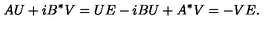
A U + i B ^ { * } V = U E - i B U + A ^ { * } V = - V E .